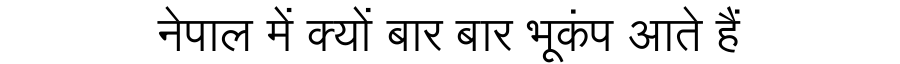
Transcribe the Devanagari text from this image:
नेपाल में क्यों बार बार भूकंप आते हैं